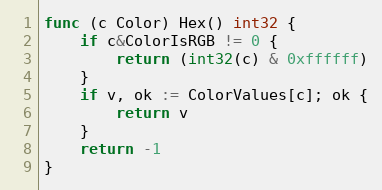
Language: Go
func (c Color) Hex() int32 {
	if c&ColorIsRGB != 0 {
		return (int32(c) & 0xffffff)
	}
	if v, ok := ColorValues[c]; ok {
		return v
	}
	return -1
}